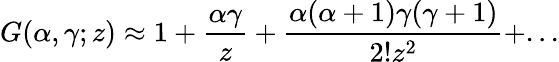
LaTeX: G({\alpha},{\gamma};z)\approx 1+\frac{{\alpha}{\gamma}}{z}+\frac{{\alpha}({\alpha}+1){\gamma}({\gamma}+1)}{2!z^{2}}+...